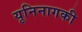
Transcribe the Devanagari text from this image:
यूनिनागकी